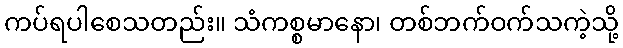
ကပ်ရပါစေသတည်း။ သံကစ္စမာနော၊ တစ်ဘက်ဝက်သကဲ့သို့